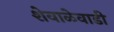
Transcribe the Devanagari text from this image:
शेवाळेवाडी